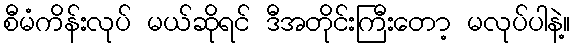
စီမံကိန်းလုပ် မယ်ဆိုရင် ဒီအတိုင်းကြီးတော့ မလုပ်ပါနဲ့။